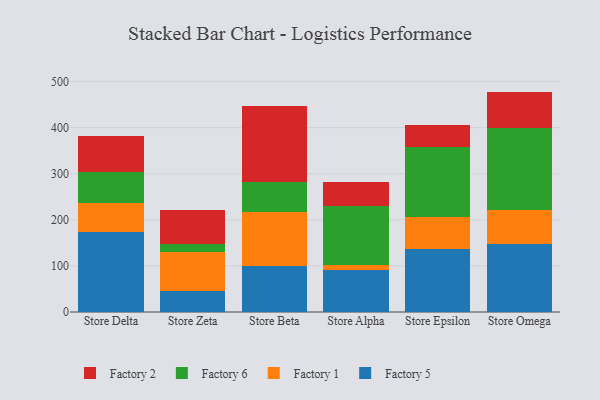
{"axis": {"x": "Store", "y": "Backlog"}, "legend": ["Factory 1", "Factory 2", "Factory 5", "Factory 6"], "data": [{"x": "Store Delta", "y": 172.6, "type": "Factory 5"}, {"x": "Store Delta", "y": 64.7, "type": "Factory 1"}, {"x": "Store Delta", "y": 67.1, "type": "Factory 6"}, {"x": "Store Delta", "y": 76.8, "type": "Factory 2"}, {"x": "Store Zeta", "y": 45.8, "type": "Factory 5"}, {"x": "Store Zeta", "y": 85.0, "type": "Factory 1"}, {"x": "Store Zeta", "y": 17.0, "type": "Factory 6"}, {"x": "Store Zeta", "y": 72.5, "type": "Factory 2"}, {"x": "Store Beta", "y": 98.8, "type": "Factory 5"}, {"x": "Store Beta", "y": 118.9, "type": "Factory 1"}, {"x": "Store Beta", "y": 63.5, "type": "Factory 6"}, {"x": "Store Beta", "y": 165.7, "type": "Factory 2"}, {"x": "Store Alpha", "y": 91.8, "type": "Factory 5"}, {"x": "Store Alpha", "y": 10.5, "type": "Factory 1"}, {"x": "Store Alpha", "y": 127.3, "type": "Factory 6"}, {"x": "Store Alpha", "y": 52.1, "type": "Factory 2"}, {"x": "Store Epsilon", "y": 136.0, "type": "Factory 5"}, {"x": "Store Epsilon", "y": 70.6, "type": "Factory 1"}, {"x": "Store Epsilon", "y": 151.8, "type": "Factory 6"}, {"x": "Store Epsilon", "y": 48.0, "type": "Factory 2"}, {"x": "Store Omega", "y": 146.6, "type": "Factory 5"}, {"x": "Store Omega", "y": 73.7, "type": "Factory 1"}, {"x": "Store Omega", "y": 178.2, "type": "Factory 6"}, {"x": "Store Omega", "y": 79.6, "type": "Factory 2"}]}